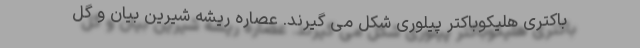
باکتری هلیکوباکتر پیلوری شکل می گیرند. عصاره ریشه شیرین بیان و گل